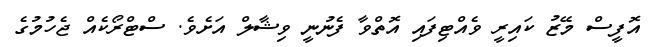
އޮފީސް މޭޒު ކައިރީ ވެއްޓިފައި އޮތްވާ ފެނުނީ ވިޝާލް އަށެވެ. ސްޓްރޯކެއް ޖެހުމުގެ